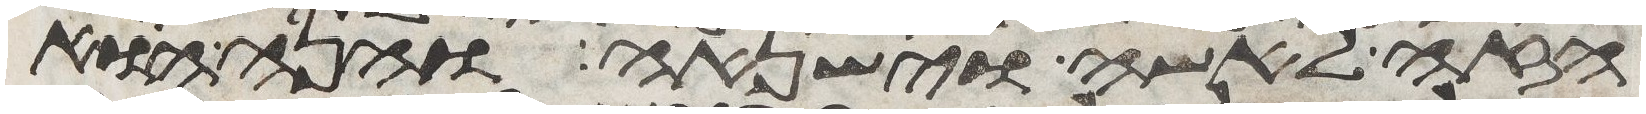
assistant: הזה לאשה וישנאה והנה הוא